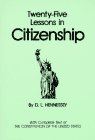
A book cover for Twenty-Five Lessons in Citizenship 1995-1996; D.L. Hennessey; Test Preparation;